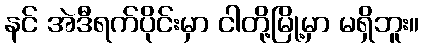
နင် အဲဒီရက်ပိုင်းမှာ ငါတို့မြို့မှာ မရှိဘူး။